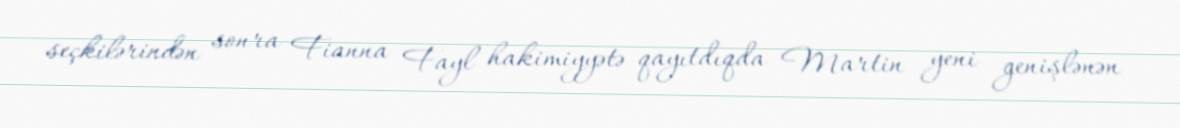
seçkilərindən sonra Fianna Fayl hakimiyyətə qayıtdıqda Martin yeni genişlənən